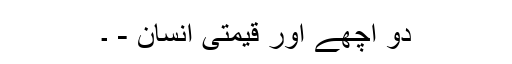
دو اچھے اور قیمتی انسان - ۔